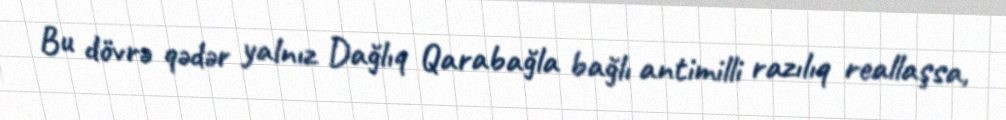
Bu dövrə qədər yalnız Dağlıq Qarabağla bağlı antimilli razılıq reallaşsa,